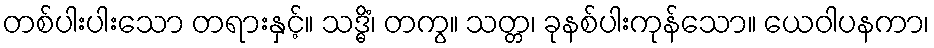
တစ်ပါးပါးသော တရားနှင့်။ သဒ္ဓိံ၊ တကွ။ သတ္တ၊ ခုနစ်ပါးကုန်သော။ ယေဝါပနကာ၊